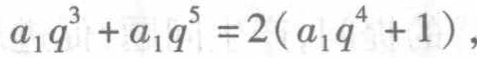
\(a_{1}q^{3}+a_{1}q^{5}=2(a_{1}q^{4}+1)\)